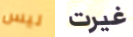
ليس غيرت